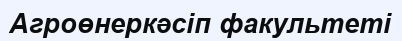
Агроөнеркәсіп факультеті